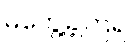
မတွေ့ခဲ့ကြရ။